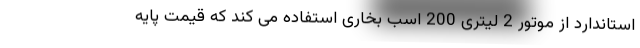
استاندارد از موتور 2 لیتری 200 اسب بخاری استفاده می کند که قیمت پایه